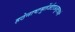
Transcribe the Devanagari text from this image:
हठेनाष्टमूर्तेर्जटाअजूटवासे